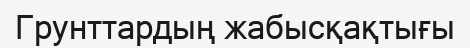
Грунттардың жабысқақтығы